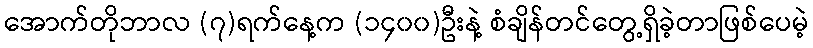
အောက်တိုဘာလ (၇)ရက်နေ့က (၁၄၀၀)ဦးနဲ့ စံချိန်တင်တွေ့ရှိခဲ့တာဖြစ်ပေမဲ့